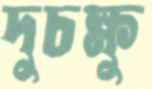
দুচক্ষু